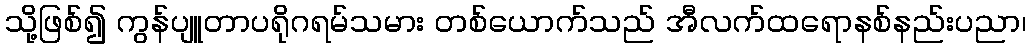
သို့ဖြစ်၍ ကွန်ပျူတာပရိုဂရမ်သမား တစ်ယောက်သည် အီလက်ထရောနစ်နည်းပညာ၊